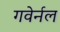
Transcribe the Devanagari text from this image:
गवेर्नल